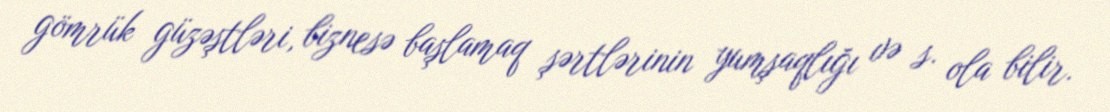
gömrük güzəştləri, biznesə başlamaq şərtlərinin yumşaqlığı və s. ola bilir.